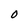
Character: 0